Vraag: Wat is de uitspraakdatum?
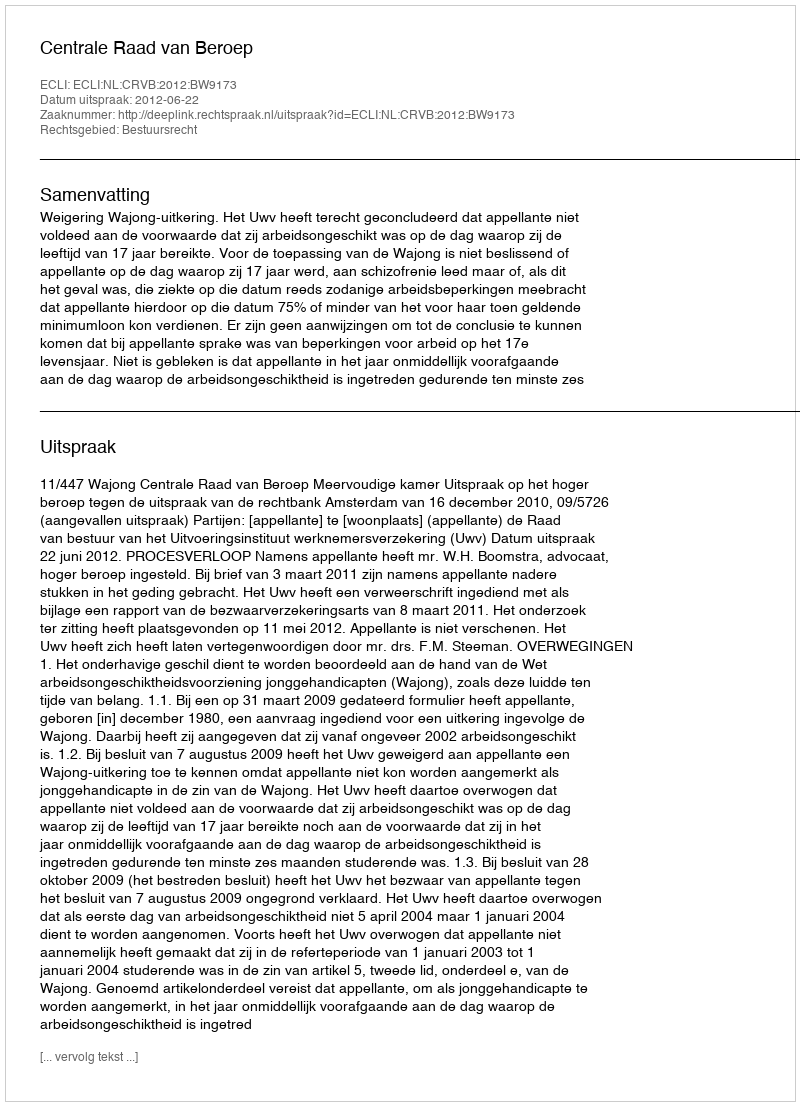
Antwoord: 2012-06-22